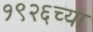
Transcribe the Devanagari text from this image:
१९२६च्या